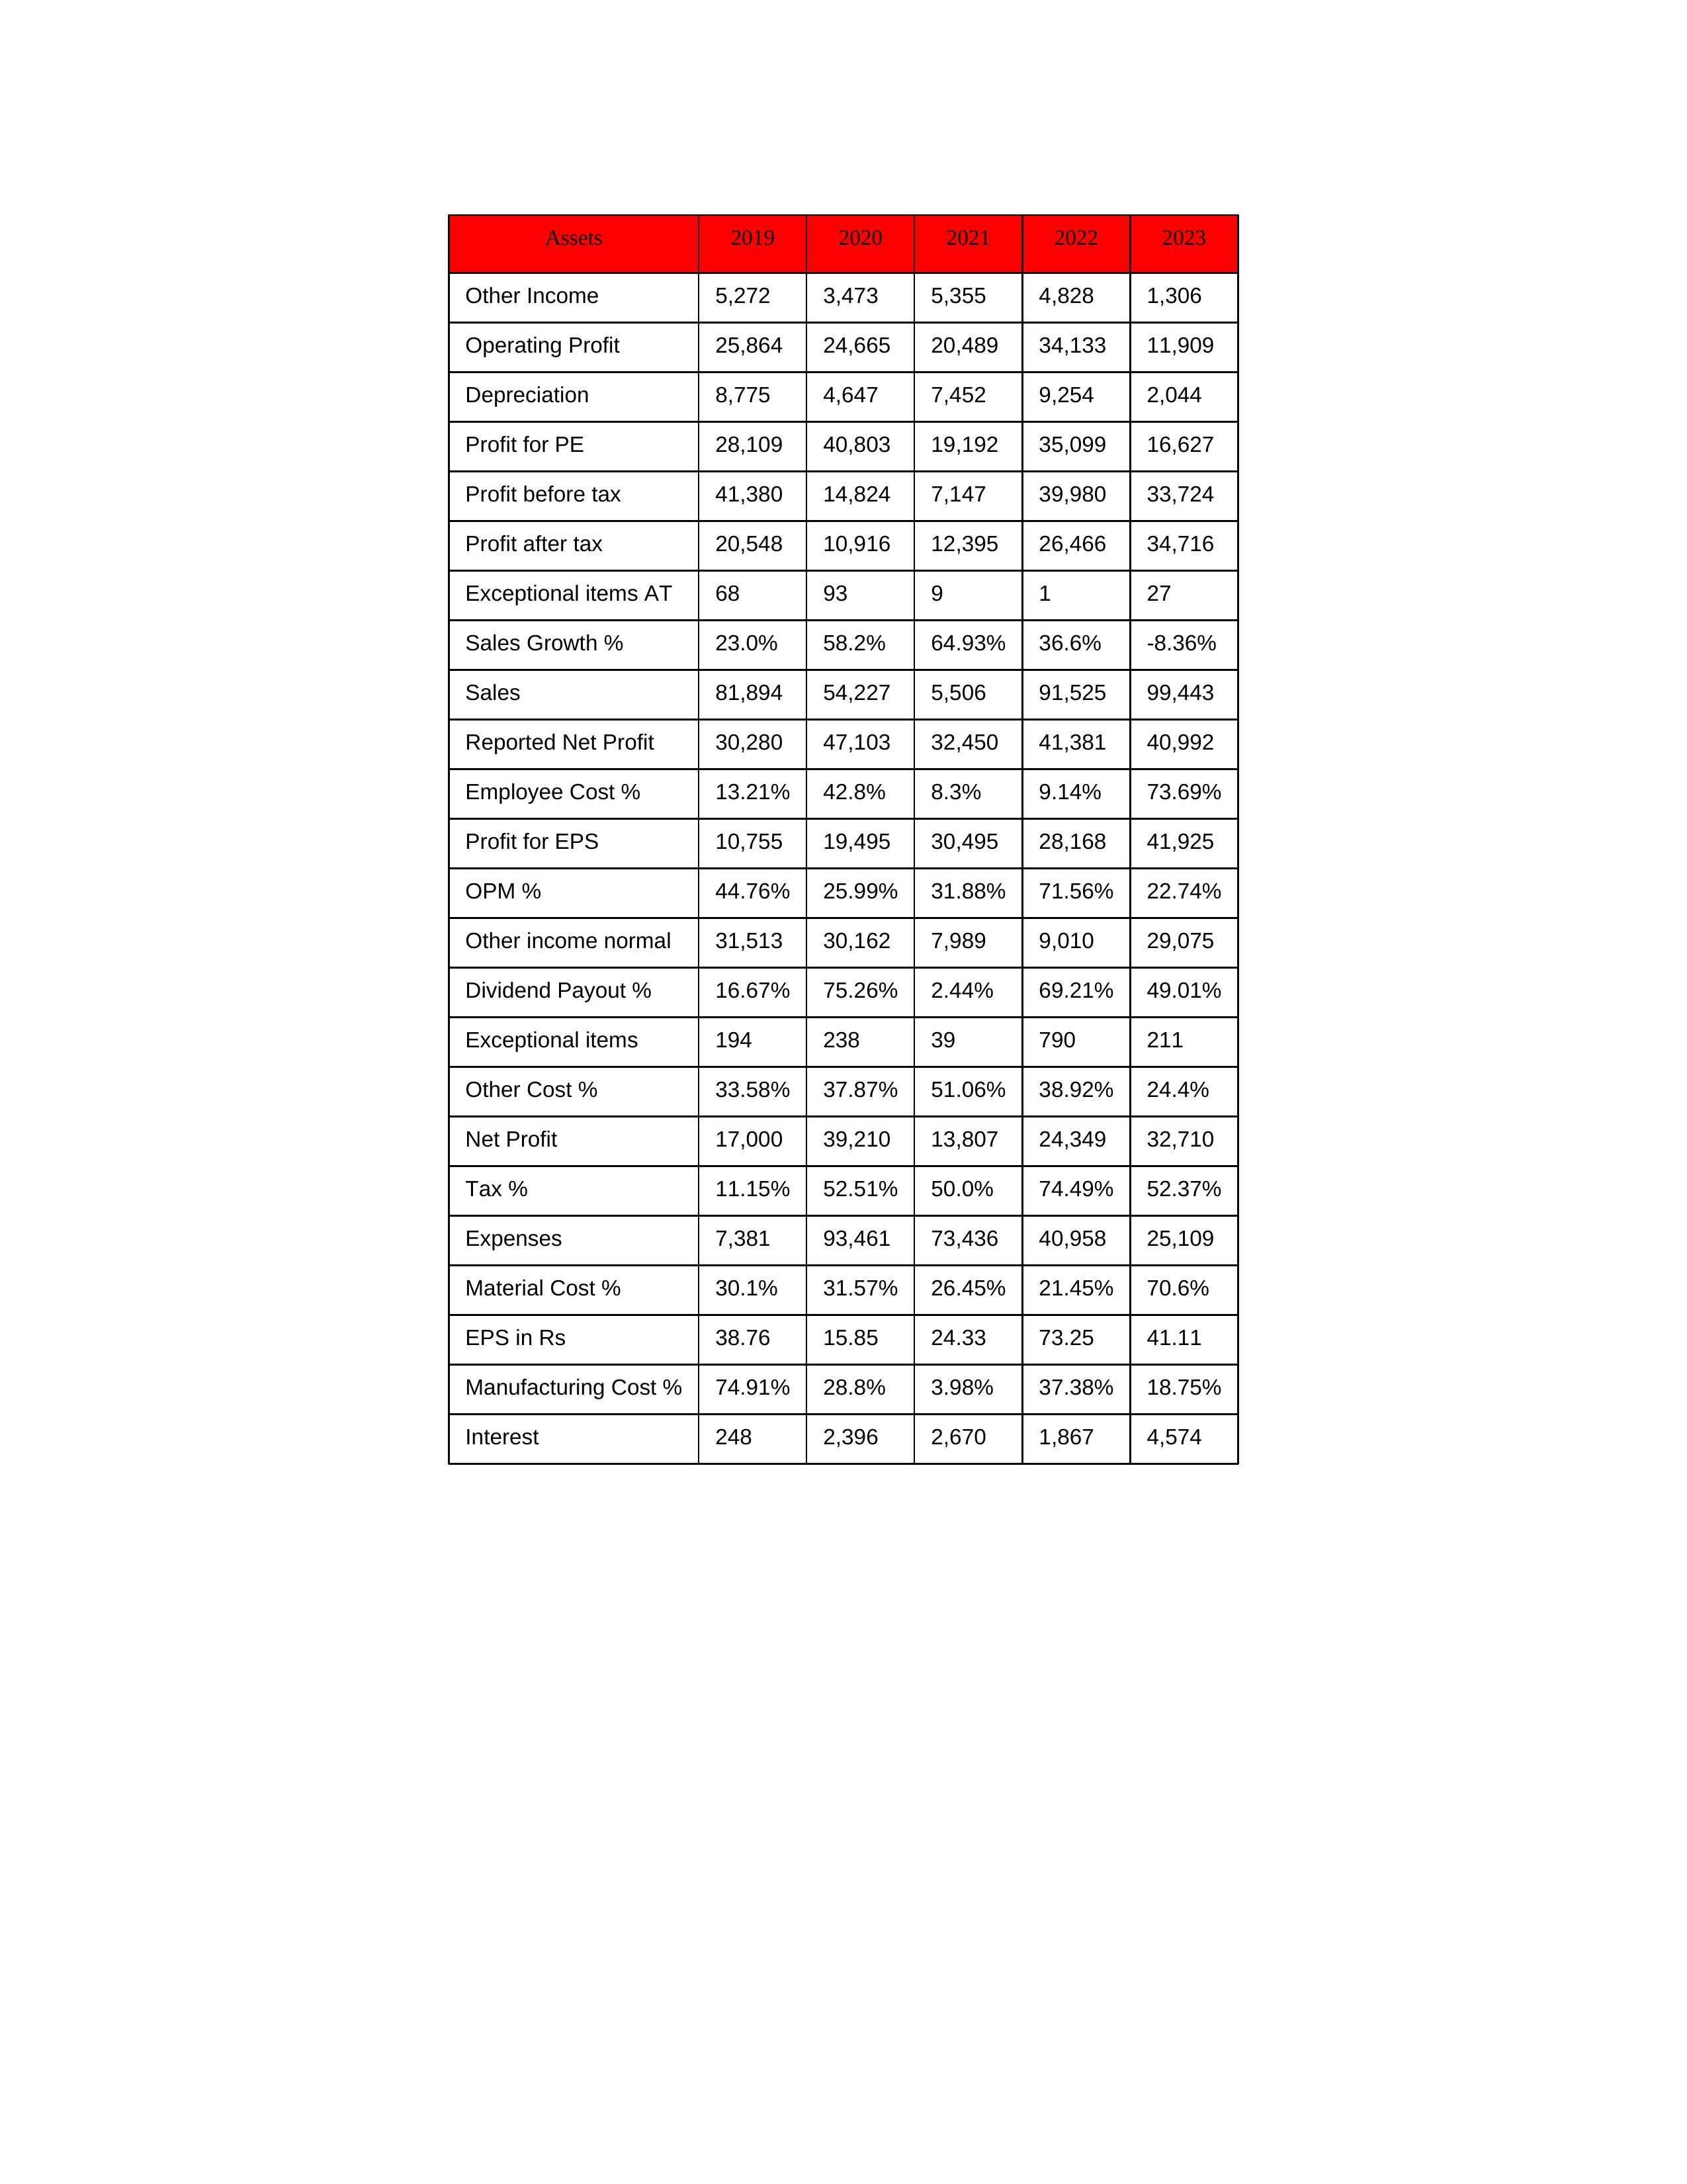
gt_parse: 2019: Sales: 81,894
Sales Growth %: 23.0%
Expenses: 7,381
Material Cost %: 30.1%
Manufacturing Cost %: 74.91%
Employee Cost %: 13.21%
Other Cost %: 33.58%
Operating Profit: 25,864
OPM %: 44.76%
Other Income: 5,272
Exceptional items: 194
Other income normal: 31,513
Interest: 248
Depreciation: 8,775
Profit before tax: 41,380
Tax %: 11.15%
Net Profit: 17,000
Profit after tax: 20,548
Reported Net Profit: 30,280
Profit for EPS: 10,755
Exceptional items AT: 68
Profit for PE: 28,109
EPS in Rs: 38.76
Dividend Payout %: 16.67%
2020: Sales: 54,227
Sales Growth %: 58.2%
Expenses: 93,461
Material Cost %: 31.57%
Manufacturing Cost %: 28.8%
Employee Cost %: 42.8%
Other Cost %: 37.87%
Operating Profit: 24,665
OPM %: 25.99%
Other Income: 3,473
Exceptional items: 238
Other income normal: 30,162
Interest: 2,396
Depreciation: 4,647
Profit before tax: 14,824
Tax %: 52.51%
Net Profit: 39,210
Profit after tax: 10,916
Reported Net Profit: 47,103
Profit for EPS: 19,495
Exceptional items AT: 93
Profit for PE: 40,803
EPS in Rs: 15.85
Dividend Payout %: 75.26%
2021: Sales: 5,506
Sales Growth %: 64.93%
Expenses: 73,436
Material Cost %: 26.45%
Manufacturing Cost %: 3.98%
Employee Cost %: 8.3%
Other Cost %: 51.06%
Operating Profit: 20,489
OPM %: 31.88%
Other Income: 5,355
Exceptional items: 39
Other income normal: 7,989
Interest: 2,670
Depreciation: 7,452
Profit before tax: 7,147
Tax %: 50.0%
Net Profit: 13,807
Profit after tax: 12,395
Reported Net Profit: 32,450
Profit for EPS: 30,495
Exceptional items AT: 9
Profit for PE: 19,192
EPS in Rs: 24.33
Dividend Payout %: 2.44%
2022: Sales: 91,525
Sales Growth %: 36.6%
Expenses: 40,958
Material Cost %: 21.45%
Manufacturing Cost %: 37.38%
Employee Cost %: 9.14%
Other Cost %: 38.92%
Operating Profit: 34,133
OPM %: 71.56%
Other Income: 4,828
Exceptional items: 790
Other income normal: 9,010
Interest: 1,867
Depreciation: 9,254
Profit before tax: 39,980
Tax %: 74.49%
Net Profit: 24,349
Profit after tax: 26,466
Reported Net Profit: 41,381
Profit for EPS: 28,168
Exceptional items AT: 1
Profit for PE: 35,099
EPS in Rs: 73.25
Dividend Payout %: 69.21%
2023: Sales: 99,443
Sales Growth %: -8.36%
Expenses: 25,109
Material Cost %: 70.6%
Manufacturing Cost %: 18.75%
Employee Cost %: 73.69%
Other Cost %: 24.4%
Operating Profit: 11,909
OPM %: 22.74%
Other Income: 1,306
Exceptional items: 211
Other income normal: 29,075
Interest: 4,574
Depreciation: 2,044
Profit before tax: 33,724
Tax %: 52.37%
Net Profit: 32,710
Profit after tax: 34,716
Reported Net Profit: 40,992
Profit for EPS: 41,925
Exceptional items AT: 27
Profit for PE: 16,627
EPS in Rs: 41.11
Dividend Payout %: 49.01%